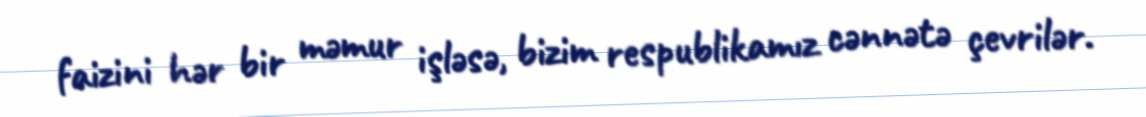
faizini hər bir məmur işləsə, bizim respublikamız cənnətə çevrilər.